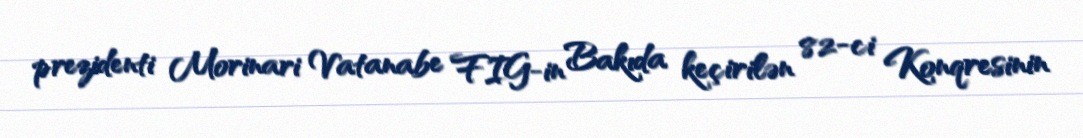
prezidenti Morinari Vatanabe FIG-in Bakıda keçirilən 82-ci Konqresinin